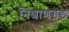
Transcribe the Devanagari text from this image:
निशाणगड